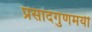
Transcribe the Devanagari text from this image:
प्रसादगुणमयी